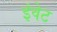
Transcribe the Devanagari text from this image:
इंवेट